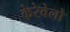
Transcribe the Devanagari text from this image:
केरेवेलो